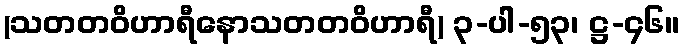
(သတတဝိဟာရီနောသတတဝိဟာရီ) ၃-ပါ-၅၃၊ ဋ္ဌ-၄၆။